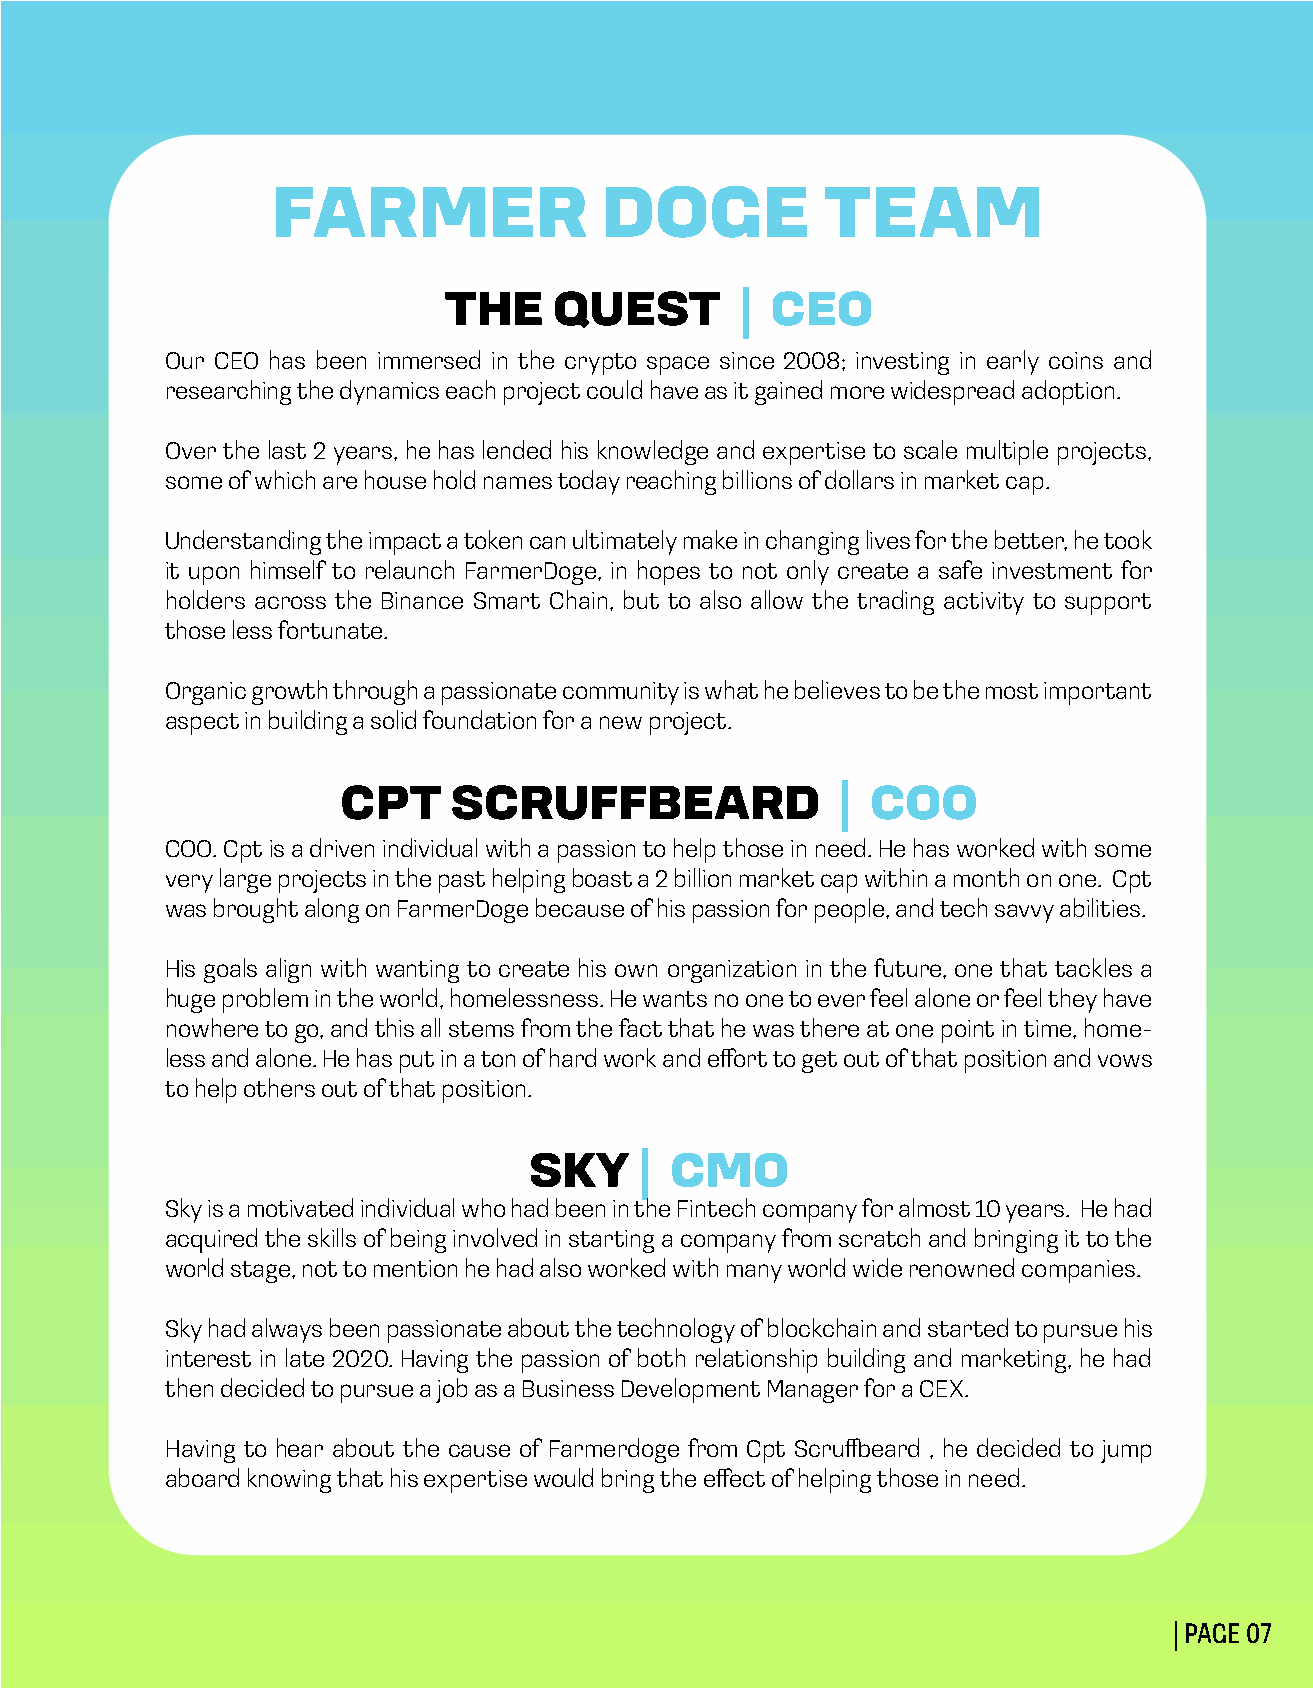
FARMER                DOGE           TEAM
 THE     QUEST       | CEO
 Our CEO has been immersed in the crypto space since 2008; investing in early coins and
 researching the dynamics each project could have as it gained more widespread adoption.
 Over the last 2 years, he has lended his knowledge and expertise to scale multiple projects,
 some of which are house hold names today reaching billions of dollars in market cap.
 Understanding the impact a token can ultimately make in changing lives for the better, he took
 it upon himself to relaunch FarmerDoge, in hopes to not only create a safe investment for
 holders across the Binance Smart Chain, but to also allow the trading activity to support
 those less fortunate.
 Organic growth through a passionate community is what he believes to be the most important
 aspect in building a solid foundation for a new project.
 CPT    SCRUFFBEARD               | COO
 COO. Cpt is a driven individual with a passion to help those in need. He has worked with some
 very large projects in the past helping boast a 2 billion market cap within a month on one. Cpt
 was brought along on FarmerDoge because of his passion for people, and tech savvy abilities.
 His goals align with wanting to create his own organization in the future, one that tackles a
 huge problem in the world, homelessness. He wants no one to ever feel alone or feel they have
 nowhere to go, and this all stems from the fact that he was there at one point in time, home-
 less and alone. He has put in a ton of hard work and effort to get out of that position and vows
 to help others out of that position.
 SKY    | CMO
 Sky is a motivated individual who had been in the Fintech company for almost 10 years. He had
 acquired the skills of being involved in starting a company from scratch and bringing it to the
 world stage, not to mention he had also worked with many world wide renowned companies.
 Sky had always been passionate about the technology of blockchain and started to pursue his
 interest in late 2020. Having the passion of both relationship building and marketing, he had
 then decided to pursue a job as a Business Development Manager for a CEX.
 Having to hear about the cause of Farmerdoge from Cpt Scruffbeard , he decided to jump
 aboard knowing that his expertise would bring the effect of helping those in need.
 | PAGE 07